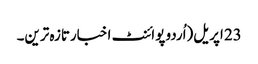
23 اپریل(اُردو پوائنٹ اخبارتازہ ترین۔